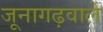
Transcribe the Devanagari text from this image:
जूनागढ़वाले